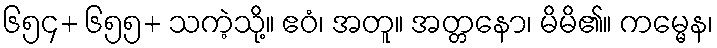
၆၅၄+ ၆၅၅+ သကဲ့သို့။ ဧဝံ၊ အတူ။ အတ္တနော၊ မိမိ၏။ ကမ္မေန၊